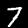
Label: 7